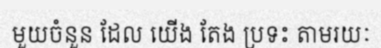
មួយចំនួន ដែល យើង តែង ប្រទះ តាមរយៈ